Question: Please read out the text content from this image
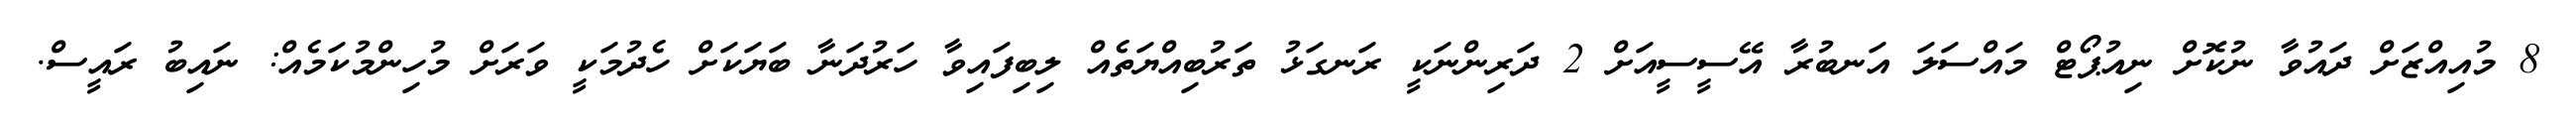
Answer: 8 މުއިއްޒަށް ދައުވާ ނުކޮށް ނިއުޕޯޓް މައްސަލަ އަނބުރާ އޭސީސީއަށް 2 ދަރިންނަކީ ރަނގަޅު ތަރުބިއްޔަތެއް ލިބިފައިވާ ހަރުދަނާ ބަޔަކަށް ހެދުމަކީ ވަރަށް މުހިންމުކަމެއް: ނައިބު ރައީސް.